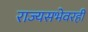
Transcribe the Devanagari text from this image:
राज्यसभेवरही